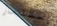
إستثمار